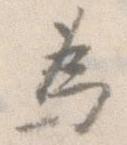
為